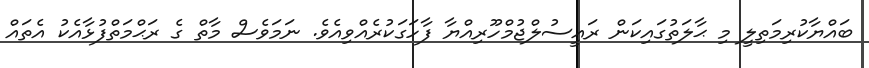
ބައްޔާކުރިމަތިލީ މި ޙާލަތުގައިކަން ރައީސުލްޖުމްހޫރިއްޔާ ފާހަގަކުރެއްވިއެވެ. ނަމަވެސް މާތް ގެ ރަޙްމަތްފުޅާއެކު އެތައް